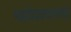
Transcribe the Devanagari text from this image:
महादेववचस्तथा